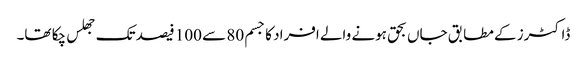
ڈاکٹرز کے مطابق جاں بحق ہونے والے افراد کا جسم 80 سے 100 فیصد تک جھلس چکا تھا۔